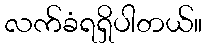
လက်ခံရရှိပါတယ်။